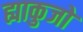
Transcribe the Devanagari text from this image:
ह्याकुजो